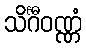
သိင်္ဂီဝဏ္ဏံ